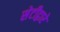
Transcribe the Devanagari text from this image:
सेटीद्वारे